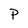
Character: P